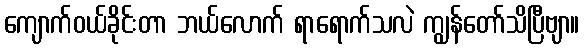
ကျောက်ဝယ်ခိုင်းတာ ဘယ်လောက် ရာရောက်သလဲ ကျွန်တော်သိပြီဗျာ။